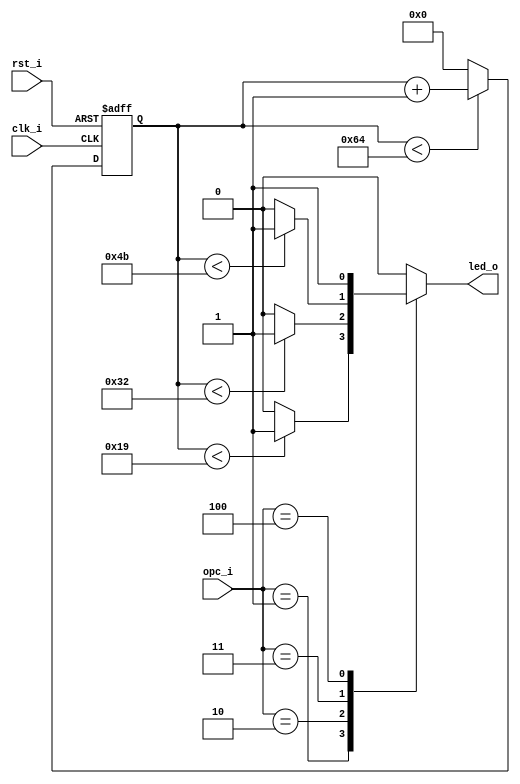
// Name: counter_w.v
//
// Description: Contador descendente utilizado para contar los 25 ciclos de dclk.

module counter_pwm #(
  parameter Width = 8
) (
  input         rst_i,
  input         clk_i,
  input  [2:0]  opc_i,
  output        led_o
);

  reg [Width-1:0] mux_d;
  reg [Width-1:0] reg_q = 0;

  always @(opc_i, reg_q) begin
    case (opc_i)
      3'b000   : mux_d = 8'd0;         
      3'b001   : mux_d = (reg_q < 25) ? 1:0;
      3'b010   : mux_d = (reg_q < 50) ? 1:0;
      3'b011   : mux_d = (reg_q < 75) ? 1:0;
	  3'b100   : mux_d = 8'd1;
      default : mux_d = 8'd0;
    endcase
  end
  
  always @(posedge clk_i, posedge rst_i) begin
    if (rst_i)
      reg_q <= 8'd0;
    else
		if (reg_q < 100) begin
		  reg_q <= reg_q + 1;
		end else begin
		  reg_q <= 8'd0;
		end
  end
  
  assign led_o = mux_d;
  
endmodule